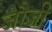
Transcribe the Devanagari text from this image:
जौजी